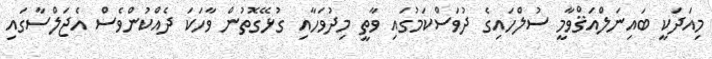
މިއަދަކީ ބައިނަލްއަޤްވާމީ ސުލްހައިގެ ދުވަސްކަމުގައި ވާތީ މިދުވަހާއި ގުޅޭގޮތުން ވާހަކަ ދެއްކުންވެސް އެޖަލްސާގައި